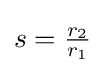
s={\tfrac {r_{2}}{r_{1}}}